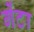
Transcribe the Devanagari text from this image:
गेंटा